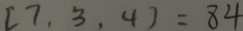
[ 7 , 3 , 4 ] = 8 4